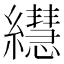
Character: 𦇀